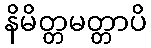
နိမိတ္တမတ္တာပိ